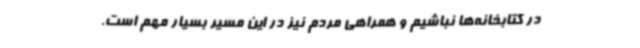
در کتابخانه‌ها نباشیم و همراهی مردم نیز در این مسیر بسیار مهم است.